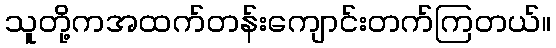
သူတို့ကအထက်တန်းကျောင်းတက်ကြတယ်။